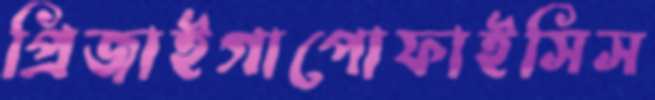
প্রিজাইগাপোফাইসিস